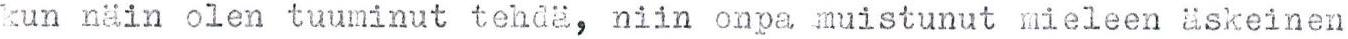
kun näin olen tuuminut tehdä, niin onpa muistunut mieleen äskeinen